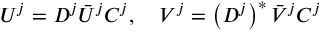
\begin{array} { r } { U ^ { j } = D ^ { j } \bar { U } ^ { j } C ^ { j } , \quad V ^ { j } = \left( D ^ { j } \right) ^ { * } \bar { V } ^ { j } C ^ { j } } \end{array}